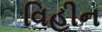
વિહીન